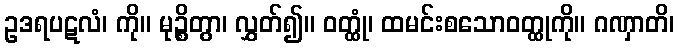
ဥဒရပဋလံ၊ ကို။ မုဉ္စိတွာ၊ လွှတ်၍။ ဝတ္ထုံ၊ ထမင်းစသောဝတ္ထုကို။ ဂဏှာတိ၊